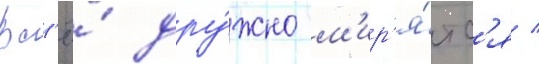
Вс'ё́ дру́жно м'ир'я́тс'я /